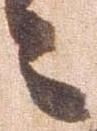
々